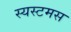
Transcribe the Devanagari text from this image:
स्यस्टमस